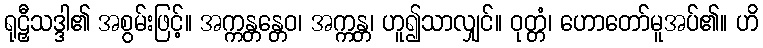
ရုဠှီသဒ္ဒါ၏ အစွမ်းဖြင့်။ အက္ကန္တန္တေဝ၊ အက္ကန္တ၊ ဟူ၍သာလျှင်။ ဝုတ္တံ၊ ဟောတော်မူအပ်၏။ ဟိ